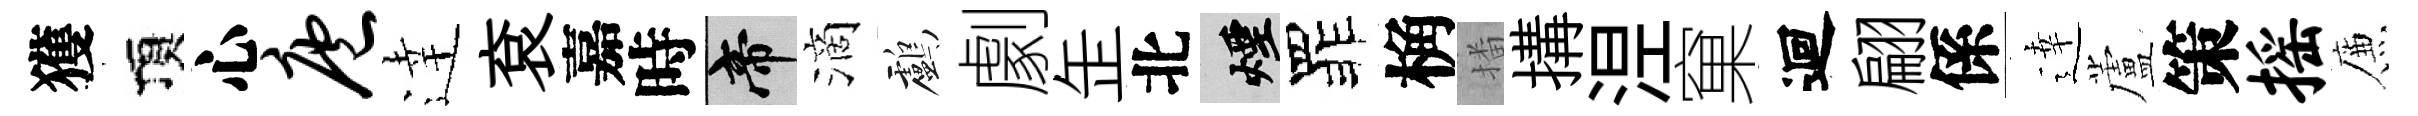
獲頂心庖逹袞嘉時帝滴鸕劇𦈢北煙罪桷播搆𣵀窠迴翩係逹蘆策摇簾